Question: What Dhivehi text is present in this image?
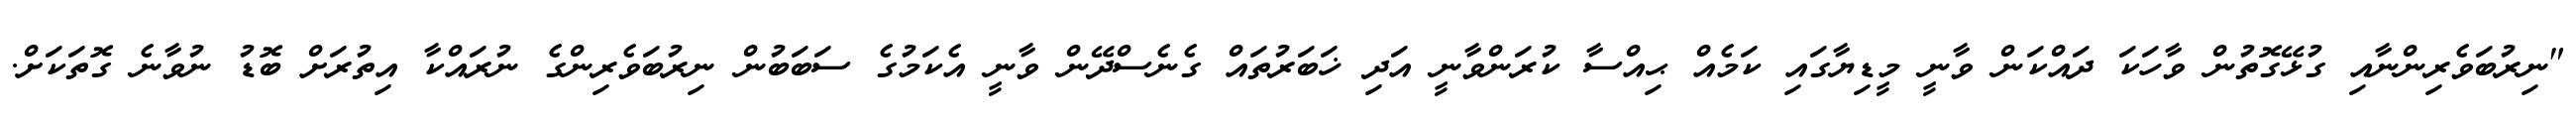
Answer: "ނިރުބަވެރިންނާއި ގުޅޭގޮތުން ވާހަކަ ދައްކަން ވާނީ މީޑިޔާގައި ކަމެއް ޙިއްސާ ކުރަންވާނީ އަދި ޚަބަރުތައް ގެނެސްދޭން ވާނީ އެކަމުގެ ސަބަބުން ނިރުބަވެރިންގެ ނުރައްކާ އިތުރަށް ބޮޑު ނުވާނެ ގޮތަކަށް.